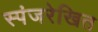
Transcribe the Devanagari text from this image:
स्पंजरेखित